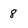
Character: 8